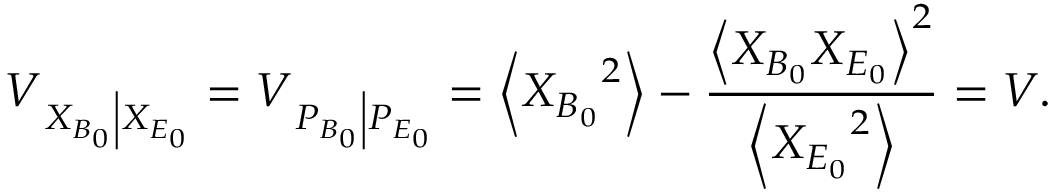
{ { V } _ { \left. { { X } _ { { { B } _ { 0 } } } } \right| { { X } _ { { { E } _ { 0 } } } } } } = { { V } _ { \left. { { P } _ { { { B } _ { 0 } } } } \right| { { P } _ { { { E } _ { 0 } } } } } } = \left\langle { { X } _ { { { B } _ { 0 } } } } ^ { 2 } \right\rangle - \frac { { { \left\langle { { X } _ { { { B } _ { 0 } } } } { { X } _ { { { E } _ { 0 } } } } \right\rangle } ^ { 2 } } } { \left\langle { { X } _ { { { E } _ { 0 } } } } ^ { 2 } \right\rangle } = V .